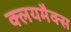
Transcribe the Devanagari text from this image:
क्लयमैक्स